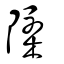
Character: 檃